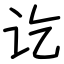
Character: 讫